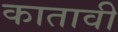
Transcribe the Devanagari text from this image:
कातावी